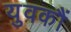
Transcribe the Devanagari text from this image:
युवकौं